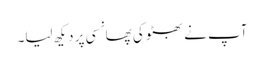
آپ نے بھٹو کی پھانسی پر دیکھ لیا۔